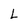
Character: L